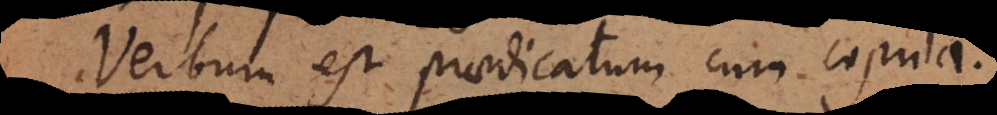
Verbum est praedicatum cum copula.